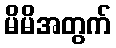
မိမိအတွက်